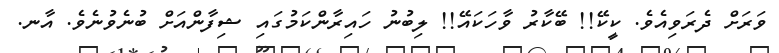
ވަރަށް ދެރަވިއެވެ. ކީކޭ!! ބޭކާރު ވާހަކައޭ!! ލިބުނު ހައިރާންކަމުގައި ޝިފާންއަށް ބުނެވުނެވެ. އާނ.